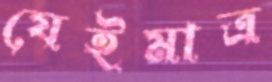
যেইমাত্র